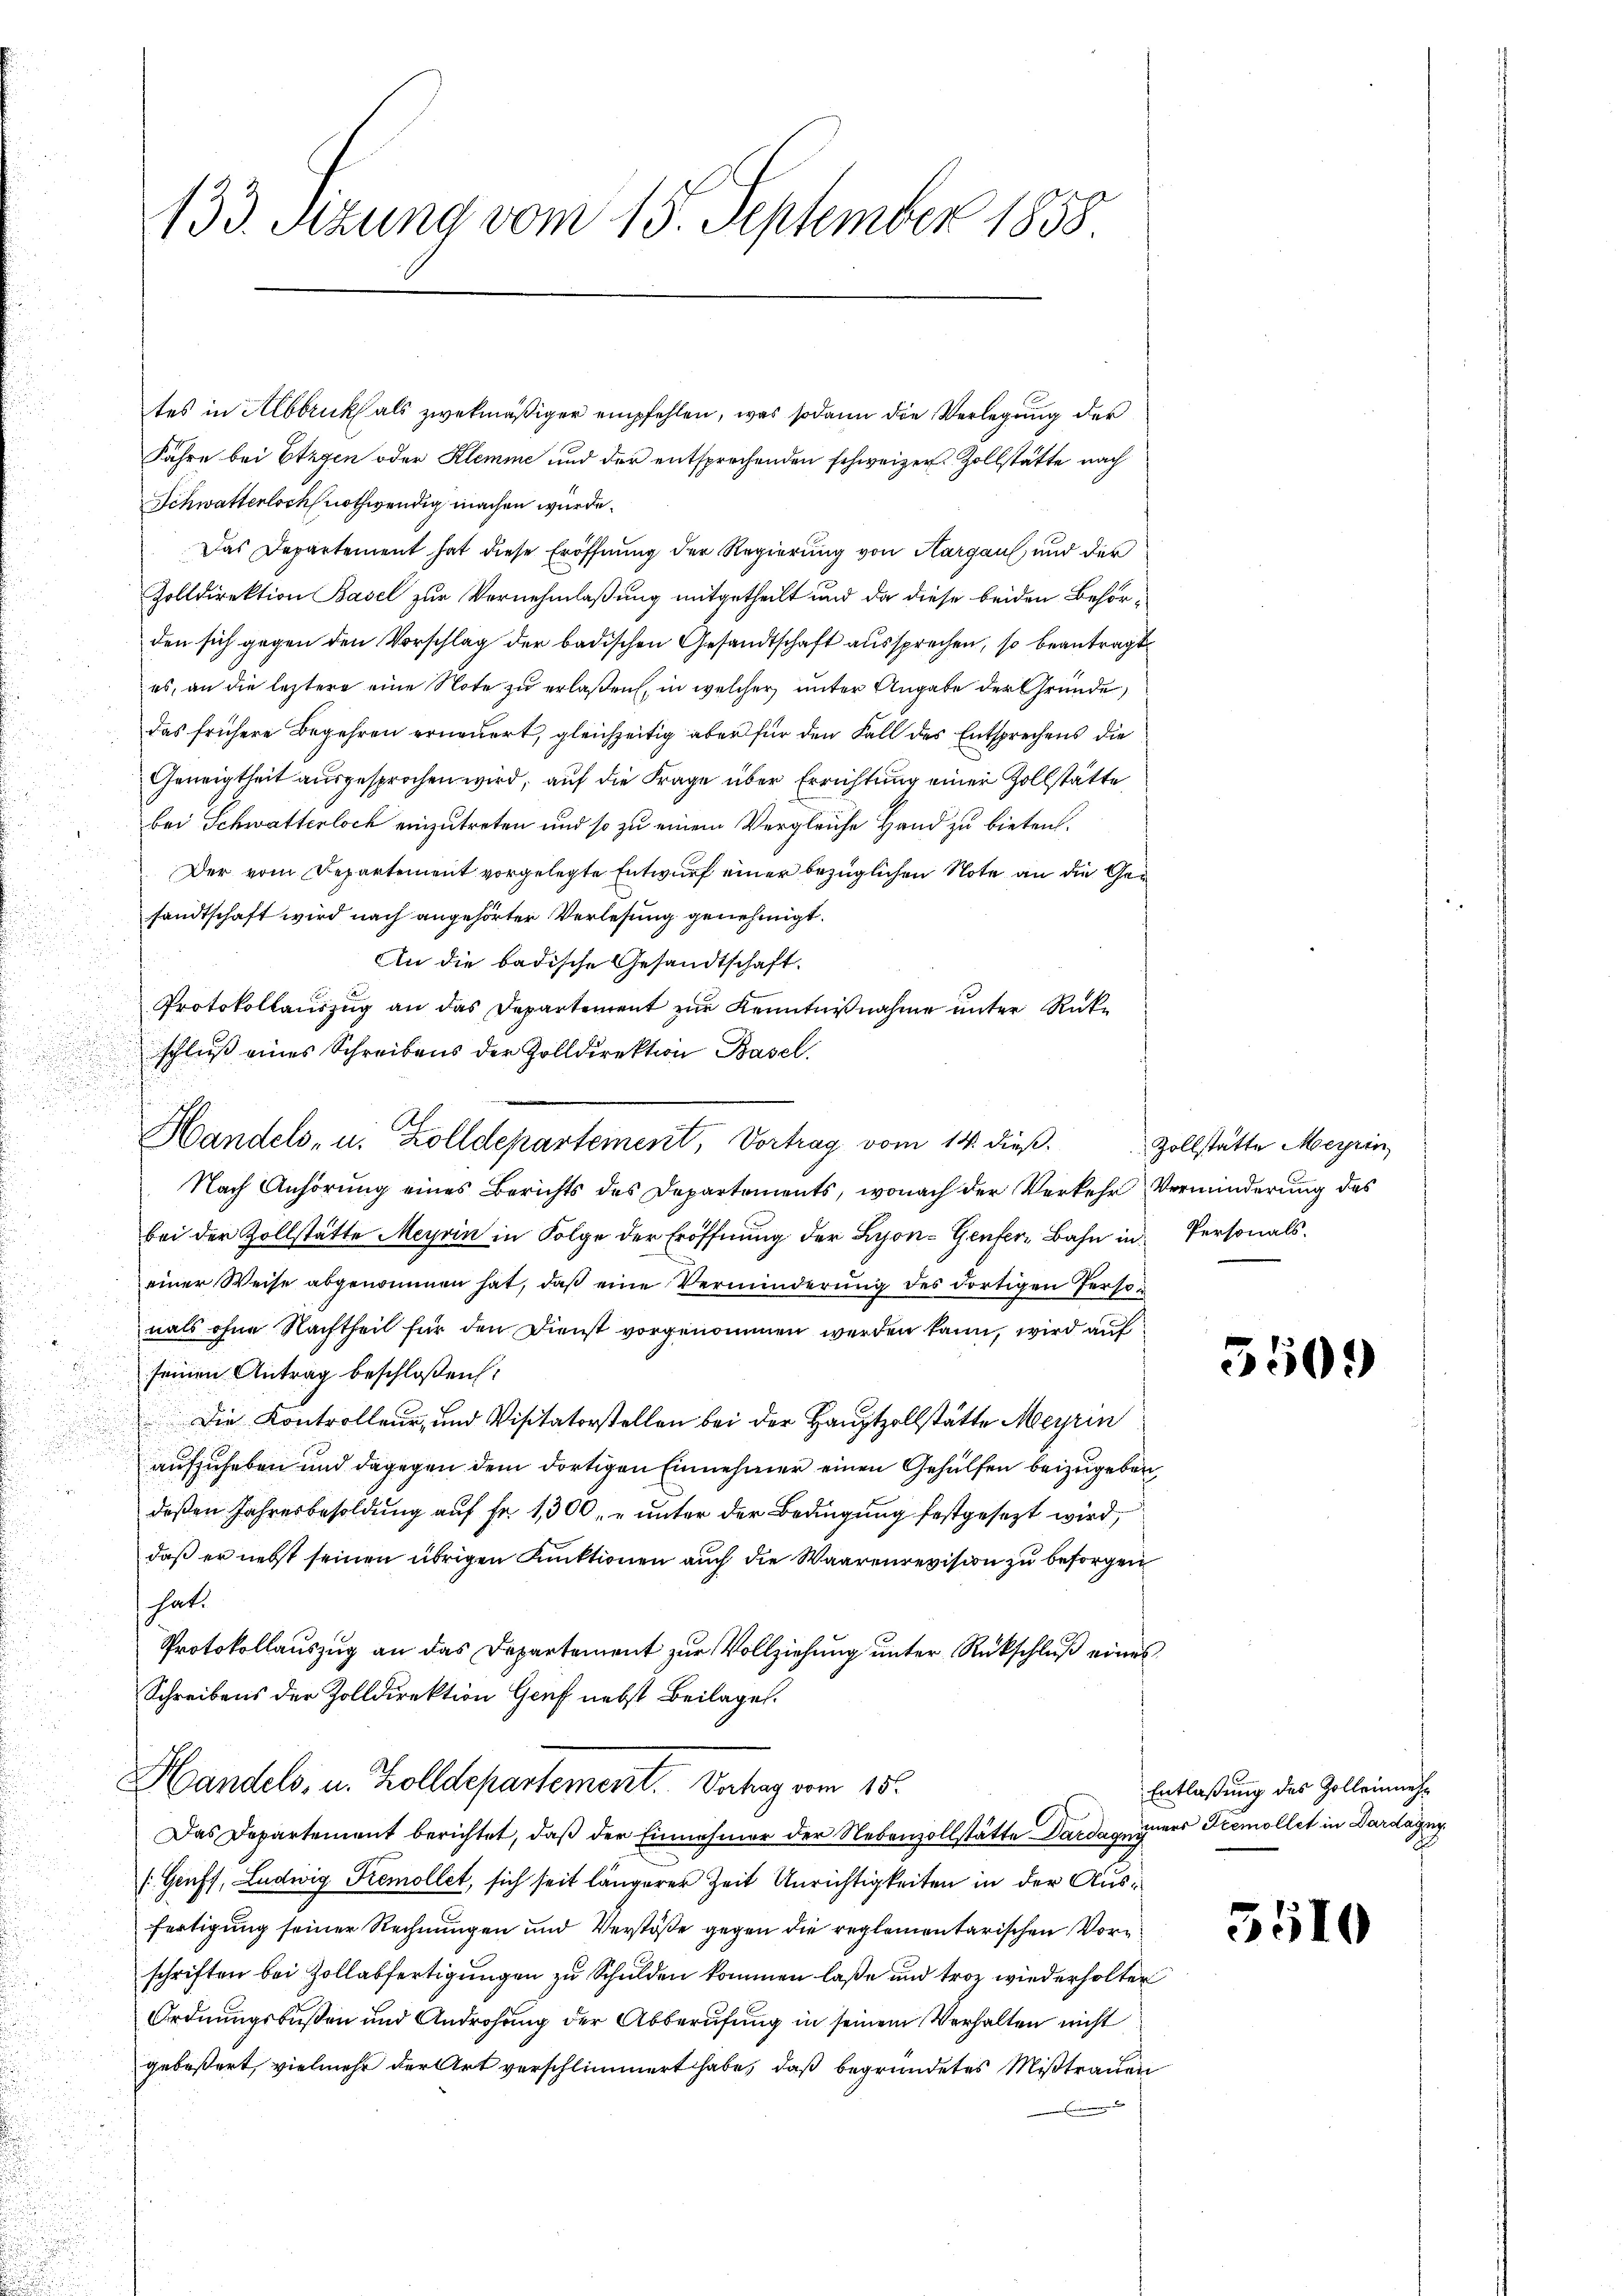
133. Sizung vom 15. September 1858.

tes in Abbruck als zwekmäßiger empfehlen, was sodann die Verlegung der
Jahre bei Etzgen oder Klemme und der entsprechenden schweizer. Zollstätte nach
Schwatterloch nothwendig machen würde.
Das Departement hat diese Eröffnung der Regierung von Aargau und der
Zolldirektion Basel zur Vernehmlaßung mitgetheilt und da diese beiden Behörden sich gegen den Vorschlag der badischen Gesandtschaft aussprechen, so beantragt
es, an die leztere eine Note zu erlaßen, in welcher unter Angabe der Gründe,
das frühere Begehren erneuert, gleichzeitig aber für den Fall des Entsprechens die
Geneigtheit ausgesprochen wird, auf die Frage über Errichtung einer Zollstätte
bei Schwatterloch einzutreten und so zu einem Vergleiche Hand zu bieten.
Der vom Departement vorgelegte Entwurf einer bezüglichen Note an die Gesandtschaft wird nach angehörter Verlesung genehmigt.
An die badische Gesandtschaft.
.
Protokollauszug an das Departement zur Kenntnißnahme unter Rükschluß eines Schreibens der Zolldirektion Basel.
.
u

Handels- u. Zolldepartement, Vortrag vom 14. dieß. Zollstätte Meyrin
Nach Anhörung eines Berichts des Departements, wonach der Verkehr Verminderung des
bei der Zollstätte Meyrin in Folge der Eröffnung der Lyon- Genfer-Bahn in Personals.
einer Weise abgenommen hat, daβ eine Verminderŭng des dortigen Personals ohne Nachtheil für den Dienst vorgenommen werden kann, wird auf
seinen Antrag beschloßen:
Die Kontrolleur, und Visitatorstellen bei der Hauptzollstätte Meyrin
s
aufzuheben und dagegen dem dortigen Einnehmer einen Gehülfen beizugeben,
deßen Jahresbesoldung auf Fr. 1,300, unter der Bedingung festgesezt wird,
daß er nebst seinen übrigen Funktionen auch die Waarenrevision zu besorgen
hat.
Protokollauszug an das Departement zur Vollziehung unter Rückschluß eines
Schreibens der Zolldirektion Genf nebst Beilage.
Handels- u. Zolldepartement. Vortrag vom 15.
Das Departement berichtet, daβ der Einnehmer der Nebenzollstätte Dardauers Tremollet in Dardagn
/Geuff, Ludwig Tremollet, sich seit längerer Zeit Unrichtigkeiten in der Ausfertigung seiner Rechnungen und Verstöße gegen die reglementarischen Vorschriften bei Zollabfertigungen zu Schulden kommen laße und troz wiederholter
Ordnungsbußen und Androhung der Abberufung in seinem Verhalten nicht
gebößert, vielmehr der Art verschlimmert habe, daß begründetes Mißtrauen

550.

Entlaßung des Zolleinneh¬

351.